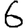
Digit: 6